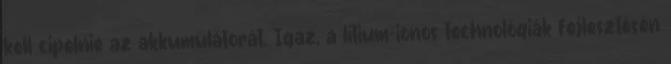
kell cipelnie az akkumulátorát. Igaz, a lítium-ionos technológiák fejlesztésén